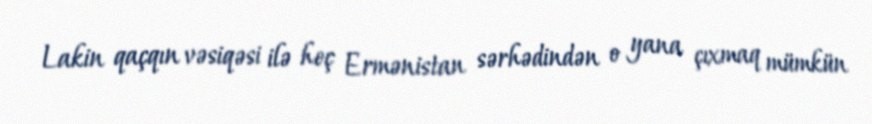
Lakin qaçqın vəsiqəsi ilə heç Ermənistan sərhədindən o yana çıxmaq mümkün